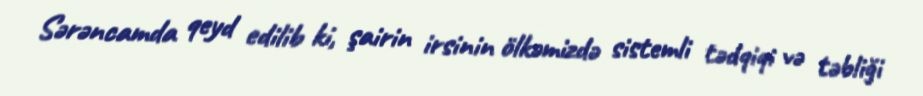
Sərəncamda qeyd edilib ki, şairin irsinin ölkəmizdə sistemli tədqiqi və təbliği